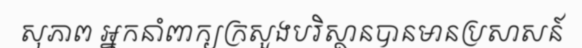
សុភាព អ្នកនាំពាក្យក្រសួងបរិស្ថានបានមានប្រសាសន៍